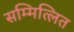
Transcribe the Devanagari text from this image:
सम्मित्लित